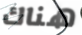
هناك